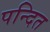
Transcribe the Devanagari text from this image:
पन्दित